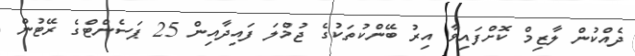
ދެއްކުން ލާޒިމް ކޮށްފައިވާ އިރު ބޭންކުތަކުގެ ޖުމްލަ ފައިދާއިން 25 ޕަސެންޓްގެ ރޭޓުން